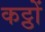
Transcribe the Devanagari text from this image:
कट्ठों